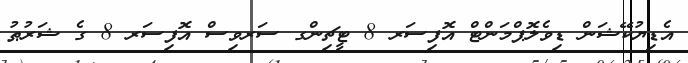
އެޑިޔުކޭޝަން ޑިވެލޮޕްމަންޓް އޮފިސަރ 8 ޓީޗިންގ ސަރވިސް އޮފިސަރ 8 ގެ ޝަރުޠު